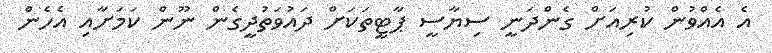
އެ އެއްވުން ކުރިއަށް ގެންދަނީ ސިޔާސީ ޕާޓީތަކަށް ދައުވަތުދީގެން ނޫން ކަމަށާއި އެހެން